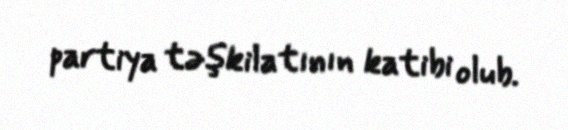
partiya təşkilatının katibi olub.